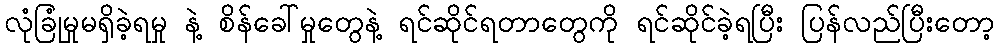
လုံခြုံမှုမရှိခဲ့ရမှု နဲ့ စိန်ခေါ်မှုတွေနဲ့ ရင်ဆိုင်ရတာတွေကို ရင်ဆိုင်ခဲ့ရပြီး ပြန်လည်ပြီးတော့